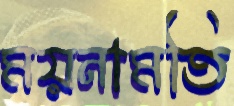
ময়নামতি